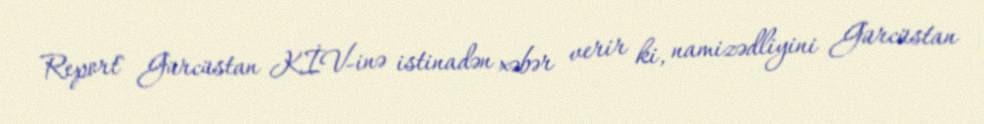
Report" Gürcüstan KİV-inə istinadən xəbər verir ki, namizədliyini Gürcüstan